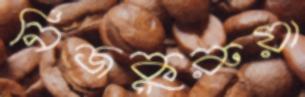
নিজকুরুয়া